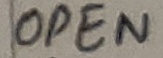
Text: OPEN